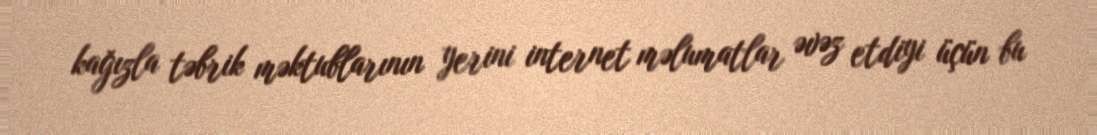
kağızla təbrik məktublarının yerini internet məlumatlar əvəz etdiyi üçün bu